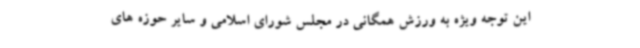
این توجه ویژه به ورزش همگانی در مجلس شورای اسلامی و سایر حوزه های